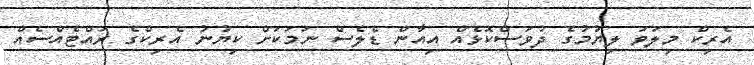
އެރިކް މިލަވަ ލިޔުމުގެ ދުވަސްކޮޅެއް އިއާން ޑެލެސް ނަމަކަށް ކިޔުނު އެރިކްގެ ރައްޓެއްސެއް